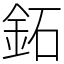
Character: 鉐